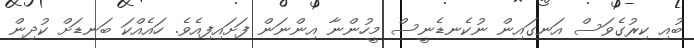
ބުއި ކިރުގެވަސް އަނގައިން ނުކެނޑެނީސް މީހުންނާ އިންނަން ފަށައިފިއެވެ. ހައެއްކަ ބަނޑަށް ކުދިން